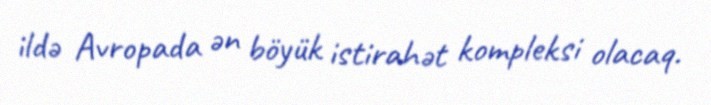
ildə Avropada ən böyük istirahət kompleksi olacaq.